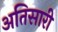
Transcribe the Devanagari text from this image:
अतिसारी